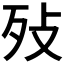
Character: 𣧏